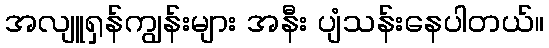
အလျူရှန်ကျွန်းများ အနီး ပျံသန်းနေပါတယ်။